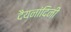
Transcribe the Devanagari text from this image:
दैयनांदिनी